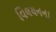
વિલયનના